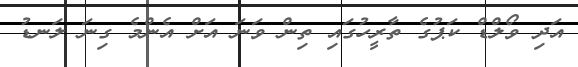
އަދި ވޯލްޑް ކަޕުގެ ތާރީހުގައި ތިން ވަނަ އަށް އެންމެ ގިނަ ލަނޑު